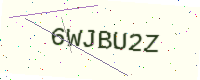
Text: 6WJBU2Z